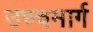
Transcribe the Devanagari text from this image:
उच्चमार्ग